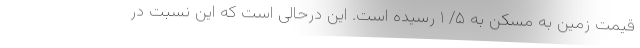
قیمت زمین به مسکن به ۵/ ۱ رسیده است. این درحالی است که این نسبت در